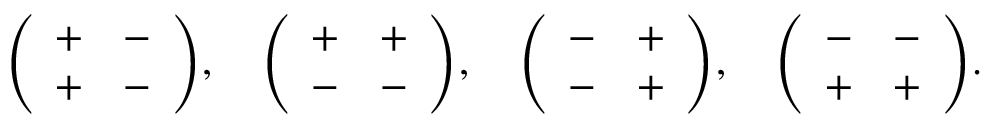
{ \left( \begin{array} { l l } { + } & { - } \\ { + } & { - } \end{array} \right) } , \quad { \left( \begin{array} { l l } { + } & { + } \\ { - } & { - } \end{array} \right) } , \quad { \left( \begin{array} { l l } { - } & { + } \\ { - } & { + } \end{array} \right) } , \quad { \left( \begin{array} { l l } { - } & { - } \\ { + } & { + } \end{array} \right) } .